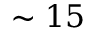
\sim 1 5